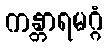
ကန္တာရမဂ္ဂံ